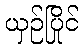
ယှဉ်ပြိုင်